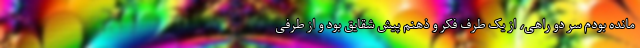
مانده بودم سر دو راهی، از یک طرف فکر و ذهنم پیش شقایق بود و از طرفی